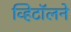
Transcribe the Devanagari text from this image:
व्हिटॉलने